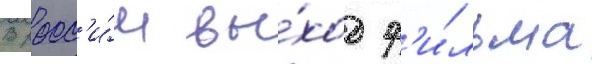
В росс'и́и вы́ход ф'и́льма